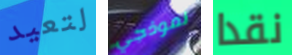
لتعيد نموذجي نقدا